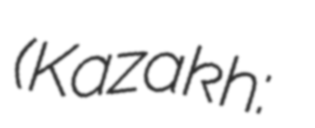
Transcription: (Kazakh: Дархан